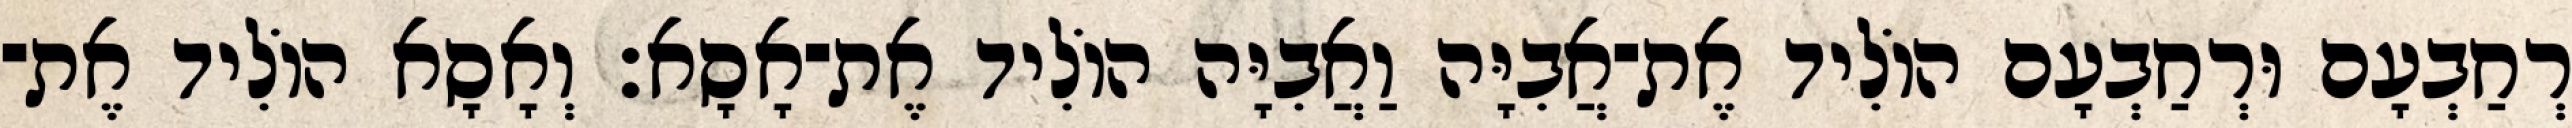
רְחַבְעָם וּרְחַבְעָם הוֹלִיד אֶת־אֲבִיָּה וַאֲבִיָּה הוֹלִיד אֶת־אָסָא׃ וְאָסָא הוֹלִיד אֶת־